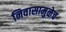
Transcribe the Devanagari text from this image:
निवासामुळेच